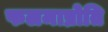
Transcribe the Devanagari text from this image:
फलमाप्नोति